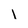
Character: I